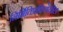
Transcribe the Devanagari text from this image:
निर्मितिप्रक्रियेतील